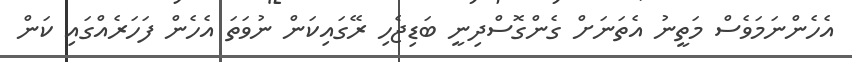
އެހެންނަމަވެސް މަތީނު އެތަނަށް ގެންގޮސްދިނީ ބަޑިޖެހި ރޭގައިކަން ނުވަތަ އެހެން ފަހަރެއްގައި ކަން